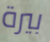
بيرة